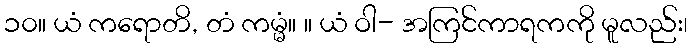
၁၀။ ယံ ကရောတိ, တံ ကမ္မံ။ ။ ယံ ဝါ- အကြင်ကာရကကို မူလည်း၊